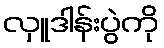
လှူဒါန်းပွဲကို